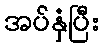
အပ်နှံပြီး